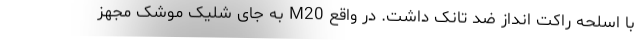
با اسلحه راکت انداز ضد تانک داشت. در واقع M20 به جای شلیک موشک مجهز